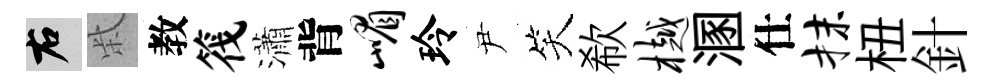
右柴教筏瀟背嵋玲尹笑欷樾溷仕抹杻針